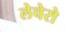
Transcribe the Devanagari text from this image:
लेचेरो